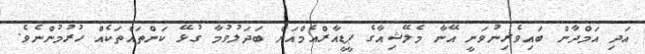
އަދި އަމްދާން ބައިވެރިނުވަނީ އޭނާ މެލޭޝިއާގެ ޕީޑީއާރްއެމްއަށް ބަދަލުވުމާ ގުޅޭ ކަންތައްތަކެއް ހުރުމުންނެވެ.